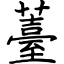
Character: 薹